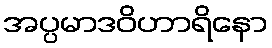
အပ္ပမာဒဝိဟာရိနော